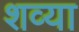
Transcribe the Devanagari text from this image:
शव्या